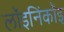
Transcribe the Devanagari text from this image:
लॉइनिंकॉइ